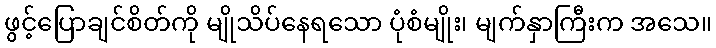
ဖွင့်ပြောချင်စိတ်ကို မျိုသိပ်နေရသော ပုံစံမျိုး၊ မျက်နှာကြီးက အသေ။